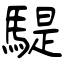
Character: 騠